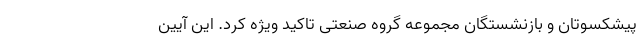
پیشکسوتان و بازنشستگان مجموعه گروه صنعتی تاکید ویژه کرد. این آیین